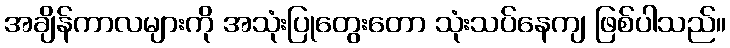
အချိန်ကာလများကို အသုံးပြုတွေးတော သုံးသပ်နေကျ ဖြစ်ပါသည်။